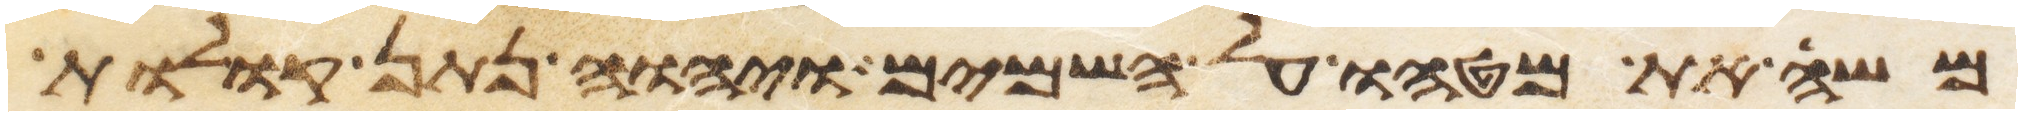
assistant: משה את מטהו על השמים ויהוה נתן קולות